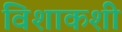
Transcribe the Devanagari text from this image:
विशाकशी